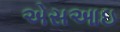
એસઆઇ